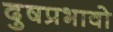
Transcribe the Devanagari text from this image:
दुषप्रभावो